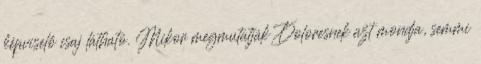
képviselő csaj látható. Mikor megmutatják Doloresnek azt mondja, semmi